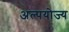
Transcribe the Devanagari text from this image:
अल्पयोज्य